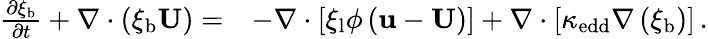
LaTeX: \begin{array}{rl}{\frac{\partial\xi_{\mathrm{b}}}{\partial t}+\nabla\cdot\left(\xi_{\mathrm{b}}\mathbf{U}\right)=}&{-\nabla\cdot\left[\xi_{\mathrm{l}}\phi\left(\mathbf{u}-\mathbf{U}\right)\right]+\nabla\cdot\left[\kappa_{\mathrm{edd}}\nabla\left(\xi_{\mathrm{b}}\right)\right]\, .}\end{array}